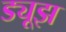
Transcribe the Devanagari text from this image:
ड्यूझ